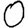
Digit: 0